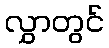
လွှာတွင်